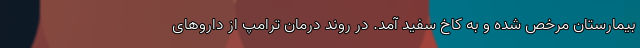
بیمارستان مرخص شده و به کاخ سفید آمد. در روند درمان ترامپ از داروهای